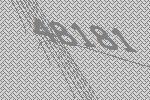
48181